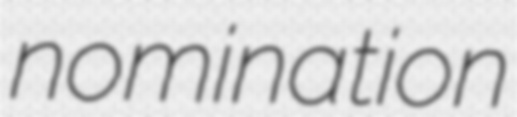
nomination